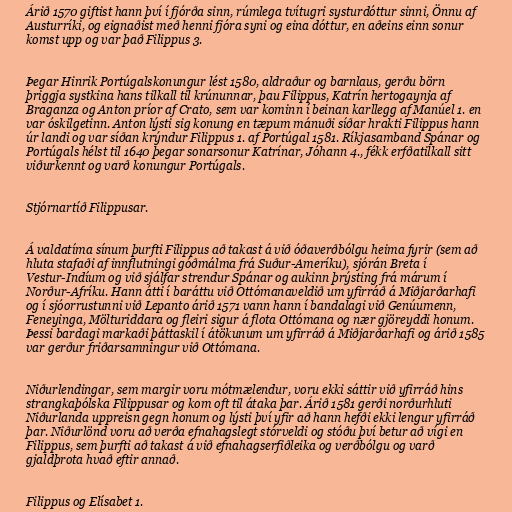
Árið 1570 giftist hann því í fjórða sinn, rúmlega tvítugri systurdóttur sinni, Önnu af
Austurríki, og eignaðist með henni fjóra syni og eina dóttur, en aðeins einn sonur
komst upp og var það Filippus 3.

Þegar Hinrik Portúgalskonungur lést 1580, aldraður og barnlaus, gerðu börn
þriggja systkina hans tilkall til krúnunnar, þau Filippus, Katrín hertogaynja af
Braganza og Anton príor af Crato, sem var kominn í beinan karllegg af Manúel 1. en
var óskilgetinn. Anton lýsti sig konung en tæpum mánuði síðar hrakti Filippus hann
úr landi og var síðan krýndur Filippus 1. af Portúgal 1581. Ríkjasamband Spánar og
Portúgals hélst til 1640 þegar sonarsonur Katrínar, Jóhann 4., fékk erfðatilkall sitt
viðurkennt og varð konungur Portúgals.

Stjórnartíð Filippusar.

Á valdatíma sínum þurfti Filippus að takast á við óðaverðbólgu heima fyrir (sem að
hluta stafaði af innflutningi góðmálma frá Suður-Ameríku), sjórán Breta í
Vestur-Indíum og við sjálfar strendur Spánar og aukinn þrýsting frá márum í
Norður-Afríku. Hann átti í baráttu við Ottómanaveldið um yfirráð á Miðjarðarhafi
og í sjóorrustunni við Lepanto árið 1571 vann hann í bandalagi við Genúumenn,
Feneyinga, Mölturiddara og fleiri sigur á flota Ottómana og nær gjöreyddi honum.
Þessi bardagi markaði þáttaskil í átökunum um yfirráð á Miðjarðarhafi og árið 1585
var gerður friðarsamningur við Ottómana.

Niðurlendingar, sem margir voru mótmælendur, voru ekki sáttir við yfirráð hins
strangkaþólska Filippusar og kom oft til átaka þar. Árið 1581 gerði norðurhluti
Niðurlanda uppreisn gegn honum og lýsti því yfir að hann hefði ekki lengur yfirráð
þar. Niðurlönd voru að verða efnahagslegt stórveldi og stóðu því betur að vígi en
Filippus, sem þurfti að takast á við efnahagserfiðleika og verðbólgu og varð
gjaldþrota hvað eftir annað.

Filippus og Elísabet 1.